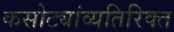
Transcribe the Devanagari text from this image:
कसोट्यांव्यतिरिक्त